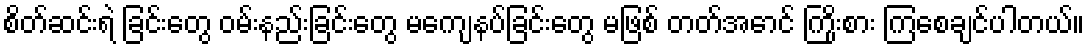
စိတ်ဆင်းရဲ ခြင်းတွေ ဝမ်းနည်းခြင်းတွေ မကျေနပ်ခြင်းတွေ မဖြစ် တတ်အောင် ကြိုးစား ကြစေချင်ပါတယ်။